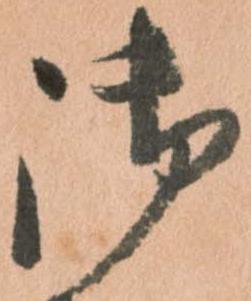
御